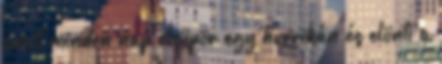
amit minden nap elsöpör egy hurrikán és elönti a